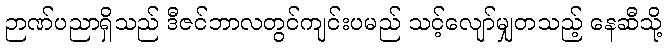
ဉာဏ်ပညာရှိသည် ဒီဇင်ဘာလတွင်ကျင်းပမည် သင့်လျော်မျှတသည့် နေဆီသို့